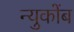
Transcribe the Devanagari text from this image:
न्युकोंब